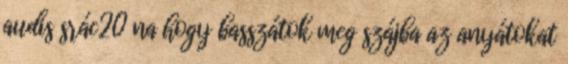
audis srác20 na hogy basszátok meg szájba az anyátokat